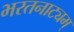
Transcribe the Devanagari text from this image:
भरतनाट्यम्‌